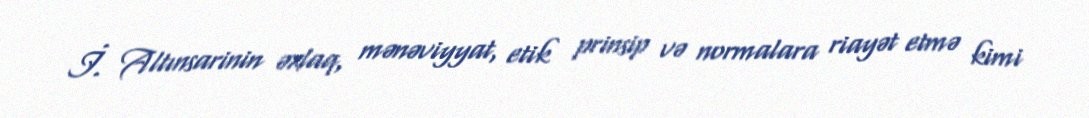
İ. Altınsarinin əxlaq, mənəviyyat, etik prinsip və normalara riayət etmə kimi